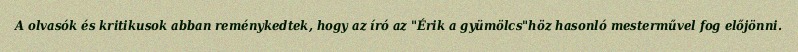
A olvasók és kritikusok abban reménykedtek, hogy az író az "Érik a gyümölcs"höz hasonló mesterművel fog előjönni.